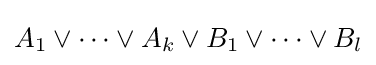
A_{1}\lor \cdots \lor A_{k}\lor B_{1}\lor \cdots \lor B_{l}